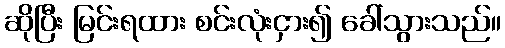
ဆိုပြီး မြင်းရထား စင်းလုံးငှား၍ ခေါ်သွားသည်။